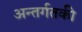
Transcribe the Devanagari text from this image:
अन्तर्गतकी